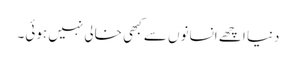
دنیا اچھے انسانوں سے کبھی خالی نہیں ہوئی۔